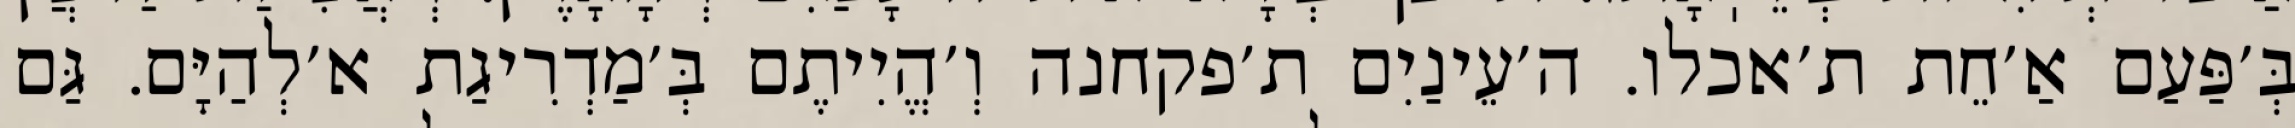
בְּ׳פַּעַם אַ׳חֵת ת׳אכלו. ה׳עֵינַיִם ת׳פקחנה וְ׳הֱיִיתֶם בְּ׳מַדְרִיגַת א׳לְהַיָּם. גַּם